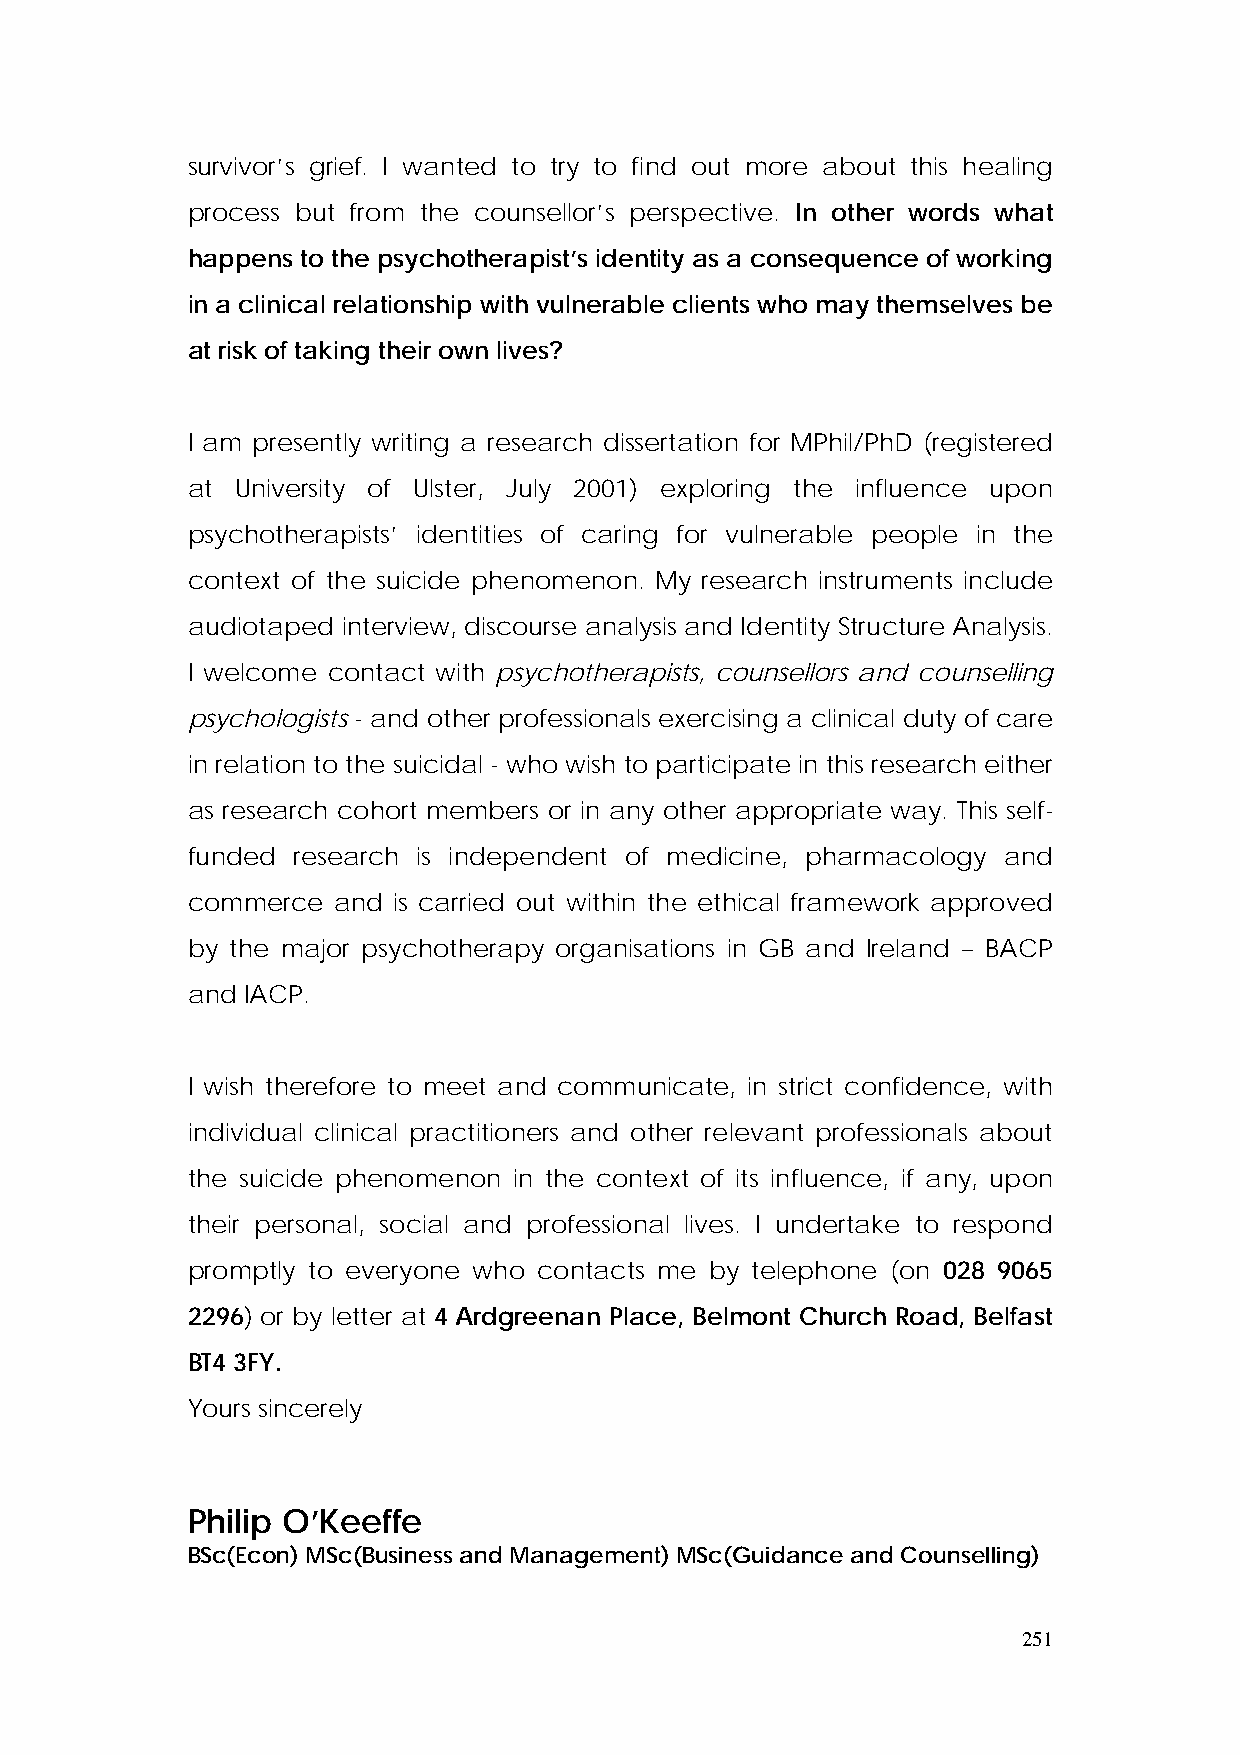
survivor’s grief. I wanted to try to find out more about this healing
 process but from the counsellor’s perspective. In other words what
 happens to the psychotherapist’s identity as a consequence of working
 in a clinical relationship with vulnerable clients who may themselves be
 at risk of taking their own lives?
 I am presently writing a research dissertation for MPhil/PhD (registered
 at  University of Ulster, July 2001) exploring the influence upon
 psychotherapists’ identities of caring for vulnerable people in the
 context of the suicide phenomenon. My research instruments include
 audiotaped interview, discourse analysis and Identity Structure Analysis.
 I welcome contact with psychotherapists, counsellors and counselling
 psychologists - and other professionals exercising a clinical duty of care
 in relation to the suicidal - who wish to participate in this research either
 as research cohort members or in any other appropriate way. This self-
 funded research is independent of medicine, pharmacology and
 commerce  and is carried out within the ethical framework approved
 by the major psychotherapy organisations in GB and Ireland – BACP
 and IACP.
 I wish therefore to meet and communicate, in strict confidence, with
 individual clinical practitioners and other relevant professionals about
 the suicide phenomenon in the context of its influence, if any, upon
 their personal, social and professional lives. I undertake to respond
 promptly to everyone who contacts me by telephone (on 028 9065
 2296) or by letter at 4 Ardgreenan Place, Belmont Church Road, Belfast
 BT4 3FY.
 Yours sincerely
 Philip O’Keeffe
 BSc(Econ) MSc(Business and Management) MSc(Guidance and Counselling)
 251